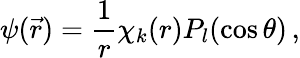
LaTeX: \psi(\vec{r})={\frac{1}{r}}\chi_{k}(r)P_{l}(\cos\theta)\, ,